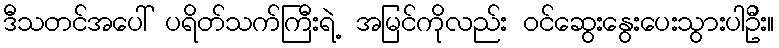
ဒီသတင်အပေါ် ပရိတ်သက်ကြီးရဲ့ အမြင်ကိုလည်း ဝင်ဆွေးနွေးပေးသွားပါဦး။